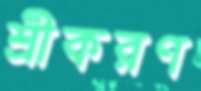
শ্রীকরণ